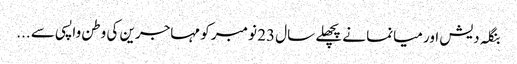
بنگلہ دیش اور میانما نے پچھلے سال 23 نومبر کو مہاجرین کی وطن واپسی سے ...